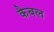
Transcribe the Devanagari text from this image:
कैबल